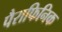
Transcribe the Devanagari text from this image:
पैराफिनिक